Report on vaccination North-West Frontier Province 1904-1922 - 1904-1922
Year: 1904
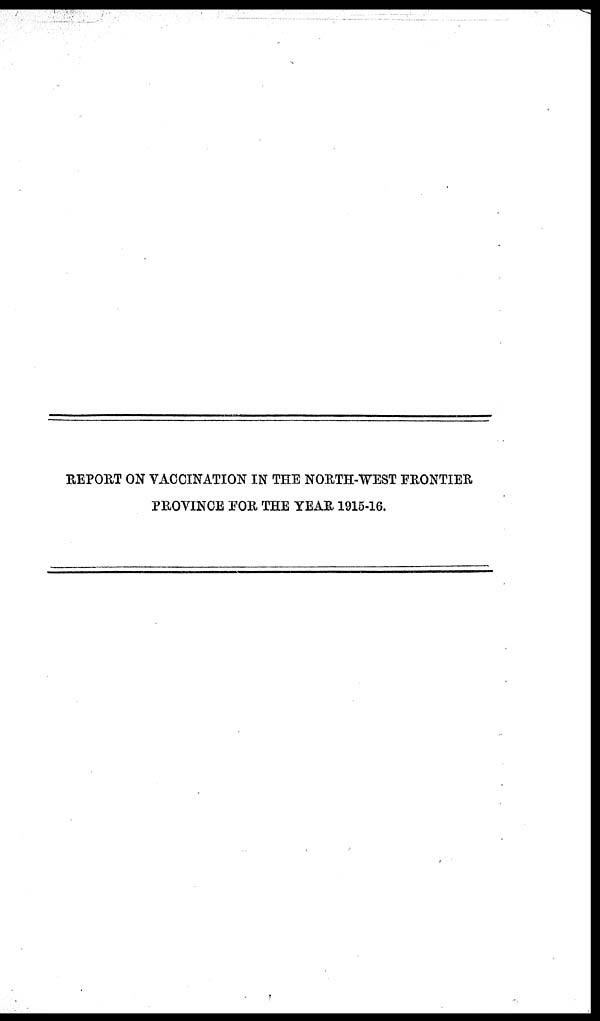
REPORT ON VACCINATION IN THE NORTH-WEST FRONTIER
PROVINCE FOR THE YEAR 1915-16.